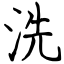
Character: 洗